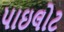
પાઇલોટ